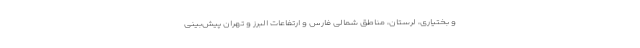
و بختیاری، لرستان، مناطق شمالی فارس و ارتفاعات البرز و تهران پیش‌بینی